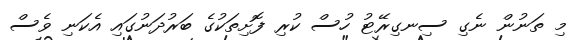
މި ތަނުން ނެގި ސިނގިރޭޓު ހުސް ކުރި ފޮށިތަކުގެ ބަރުދަނުގައި އެކަނި ވެސް